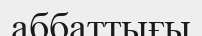
аббаттығы